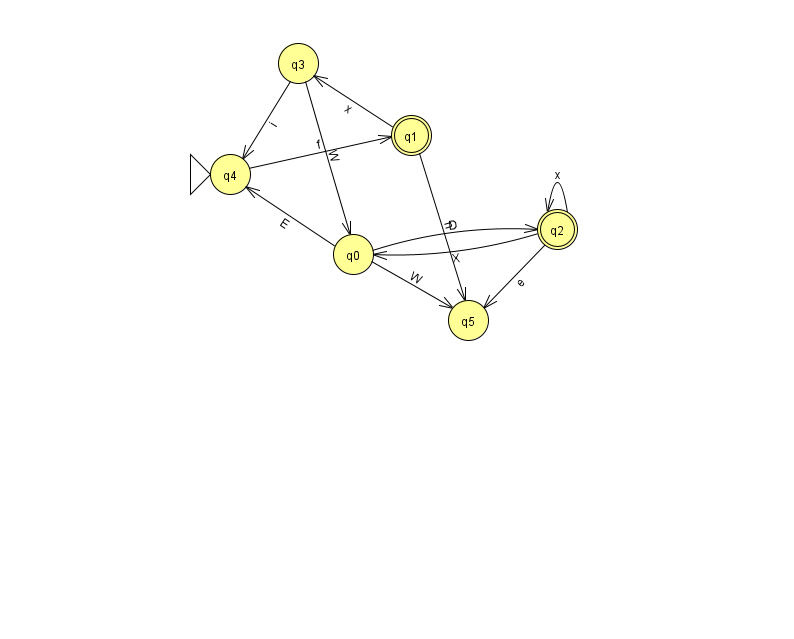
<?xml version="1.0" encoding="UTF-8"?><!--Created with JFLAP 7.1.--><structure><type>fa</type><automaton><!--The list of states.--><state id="0" name="q0"><x>353.0</x><y>241.0</y></state><state id="1" name="q1"><x>411.0</x><y>122.0</y><final/></state><state id="2" name="q2"><x>557.0</x><y>216.0</y><final/></state><state id="3" name="q3"><x>298.0</x><y>50.0</y></state><state id="4" name="q4"><x>230.0</x><y>161.0</y><initial/></state><state id="5" name="q5"><x>468.0</x><y>307.0</y></state><!--The list of transitions.--><transition><from>3</from><to>0</to><read>W</read></transition><transition><from>4</from><to>1</to><read>f</read></transition><transition><from>0</from><to>5</to><read>W</read></transition><transition><from>2</from><to>0</to><read>X</read></transition><transition><from>0</from><to>4</to><read>E</read></transition><transition><from>2</from><to>2</to><read>x</read></transition><transition><from>1</from><to>3</to><read>x</read></transition><transition><from>2</from><to>5</to><read>e</read></transition><transition><from>1</from><to>5</to><read>n</read></transition><transition><from>0</from><to>2</to><read>D</read></transition><transition><from>3</from><to>4</to><read>i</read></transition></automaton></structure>